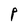
Character: P